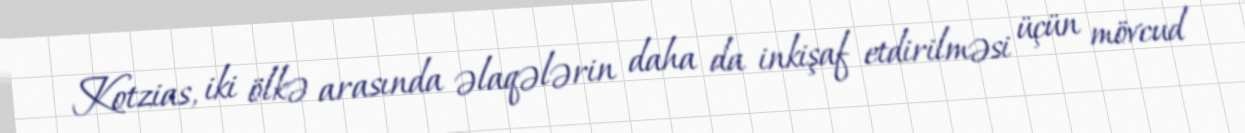
Kotzias, iki ölkə arasında əlaqələrin daha da inkişaf etdirilməsi üçün mövcud